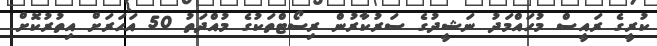
ކުރީގެ ރައީސް މުހައްމަދު ނަޝީދުގެ ސަރުކާރުން ރިސޯޓްތަކުގެ މުއްދަތު 50 އަހަރަށް އިތުރުކޮށް